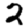
Digit: 2